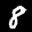
Label: 8